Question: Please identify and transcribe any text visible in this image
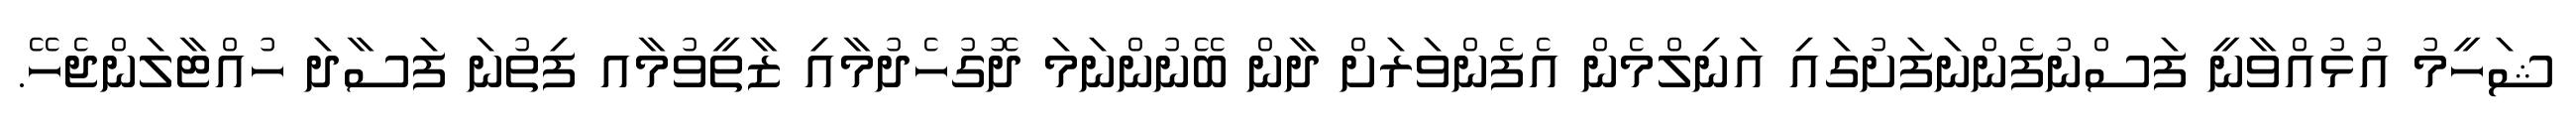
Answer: ޝަހީމު އުޅުއްވާނީ ފަސްނުފެންނަފަށުގައި އަނިލްމެން އެފެންވަރަށް ދާން ބޭނުންނަމަ ދޮގުހެދުމާއި ޒާތީވުމާއ ފިތުނަ ފަސާދަ ހުއްޓާލަންޖެހޭ.